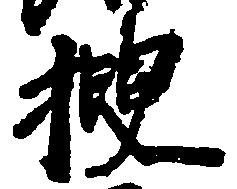
捜